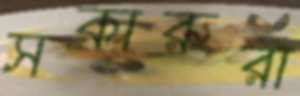
সকারুরা